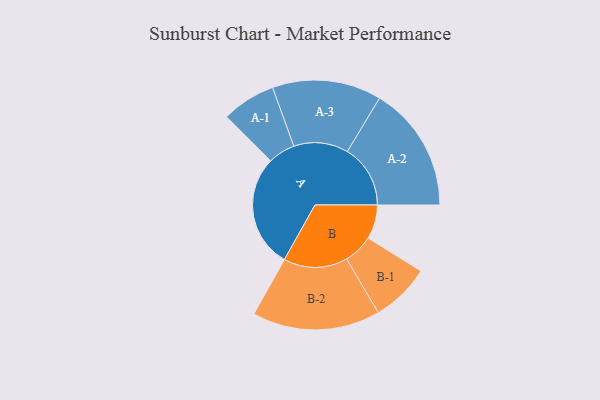
{"axis": {"x": "Segment", "y": "Value"}, "legend": ["", "A", "B"], "data": [{"x": "A", "y": 493, "type": ""}, {"x": "B", "y": 149, "type": ""}, {"x": "A-1", "y": 118, "type": "A"}, {"x": "A-2", "y": 275, "type": "A"}, {"x": "A-3", "y": 238, "type": "A"}, {"x": "B-1", "y": 129, "type": "B"}, {"x": "B-2", "y": 279, "type": "B"}]}